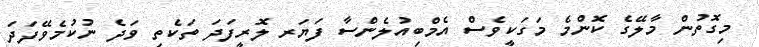
މިގޮތުން މާލޭގެ ކޮންމެ މަގަކީވެސް އެމްބިއުލެންސާ ފަޔަރ ލޮރީފަދަ ތަކެތި ވަދެ ނުކުމެވޭފަދަ